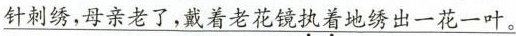
\underline{针刺绣，母亲老了，戴着老花镜\underset{·}{执}\underset{·}{着}地绣出一花一叶。}